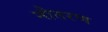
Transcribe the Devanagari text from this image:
नौतरण